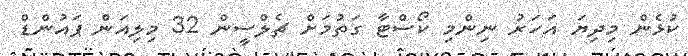
ކުޅެން މިދިޔަ އަހަރު ނިންމި ކޯސްޓާ ގަތުމަށް ޗެލްސީން 32 މިލިއަން ޕައުންޑް